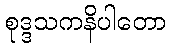
စုဒ္ဒသကနိပါတော